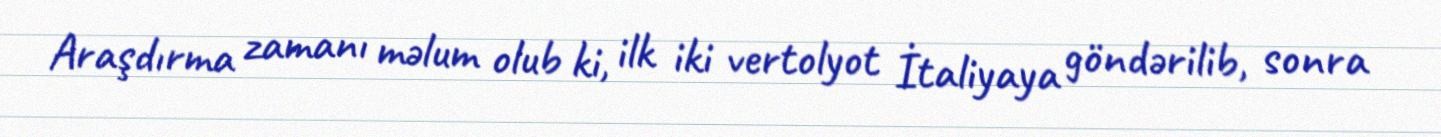
Araşdırma zamanı məlum olub ki, ilk iki vertolyot İtaliyaya göndərilib, sonra